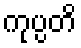
ကုပ္ပတိ